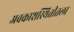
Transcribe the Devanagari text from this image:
अवकाशस्थितीतला